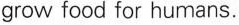
grow food for humans.